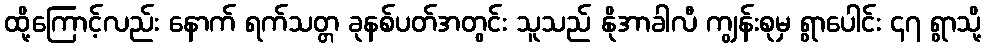
ထို့ကြောင့်လည်း နောက် ရက်သတ္တ ခုနစ်ပတ်အတွင်း သူသည် နိုအာခါလီ ကျွန်းစုမှ ရွာပေါင်း ၄၇ ရွာသို့